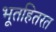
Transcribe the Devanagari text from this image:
भूतहितरत